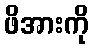
ဖိအားကို